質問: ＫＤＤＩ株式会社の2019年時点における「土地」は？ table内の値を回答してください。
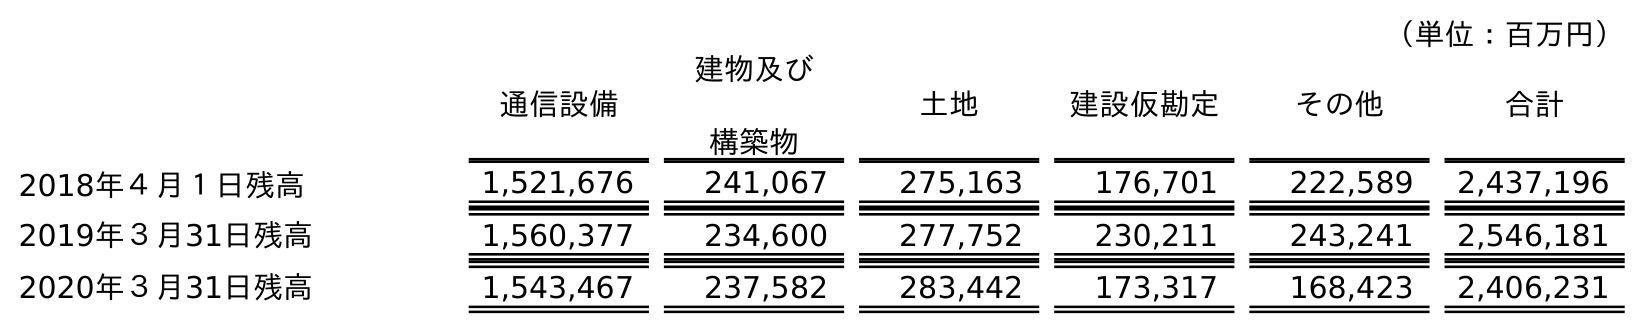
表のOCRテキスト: （単位：百万円） 通信設備 建物及び 構築物 土地 建設仮勘定 その他 合計 2018年４月１日残高 1,521,676 241,067 275,163 176,701 222,589 2,437,196 2019年３月31日残高 1,560,377 234,600 277,752 230,211 243,241 2,546,181 2020年３月31日残高 1,543,467 237,582 283,442 173,317 168,423 2,406,231
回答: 277,752